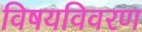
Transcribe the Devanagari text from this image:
विषयविवरण